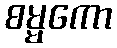
စမ္မကော